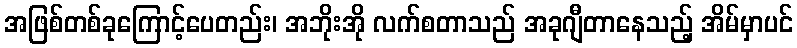
အဖြစ်တစ်ခုကြောင့်ပေတည်း၊ အဘိုးအို လက်စတာသည် အခုဂျီတာနေသည့် အိမ်မှာပင်